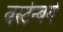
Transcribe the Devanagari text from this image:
वर्स्टेन्बर्ग